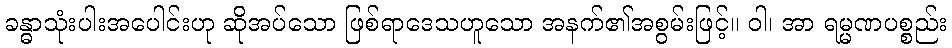
ခန္ဓာသုံးပါးအပေါင်းဟု ဆိုအပ်သော ဖြစ်ရာဒေသဟူသော အနက်၏အစွမ်းဖြင့်။ ဝါ၊ အာ ရမ္မဏပစ္စည်း